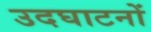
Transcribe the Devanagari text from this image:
उदघाटनों